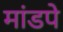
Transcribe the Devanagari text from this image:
मांडपे